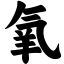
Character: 氧